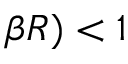
\beta R ) < 1